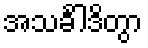
အသင်္ခါဒိတွာ